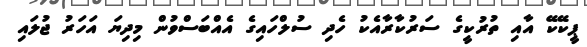
ޕީކޭކޭ އާއި ތުރުކީގެ ސަރުކާރާއެކު ހެދި ސުލްހައިގެ އެއްބަސްވުން މިދިޔަ އަހަރު ޖުލައި